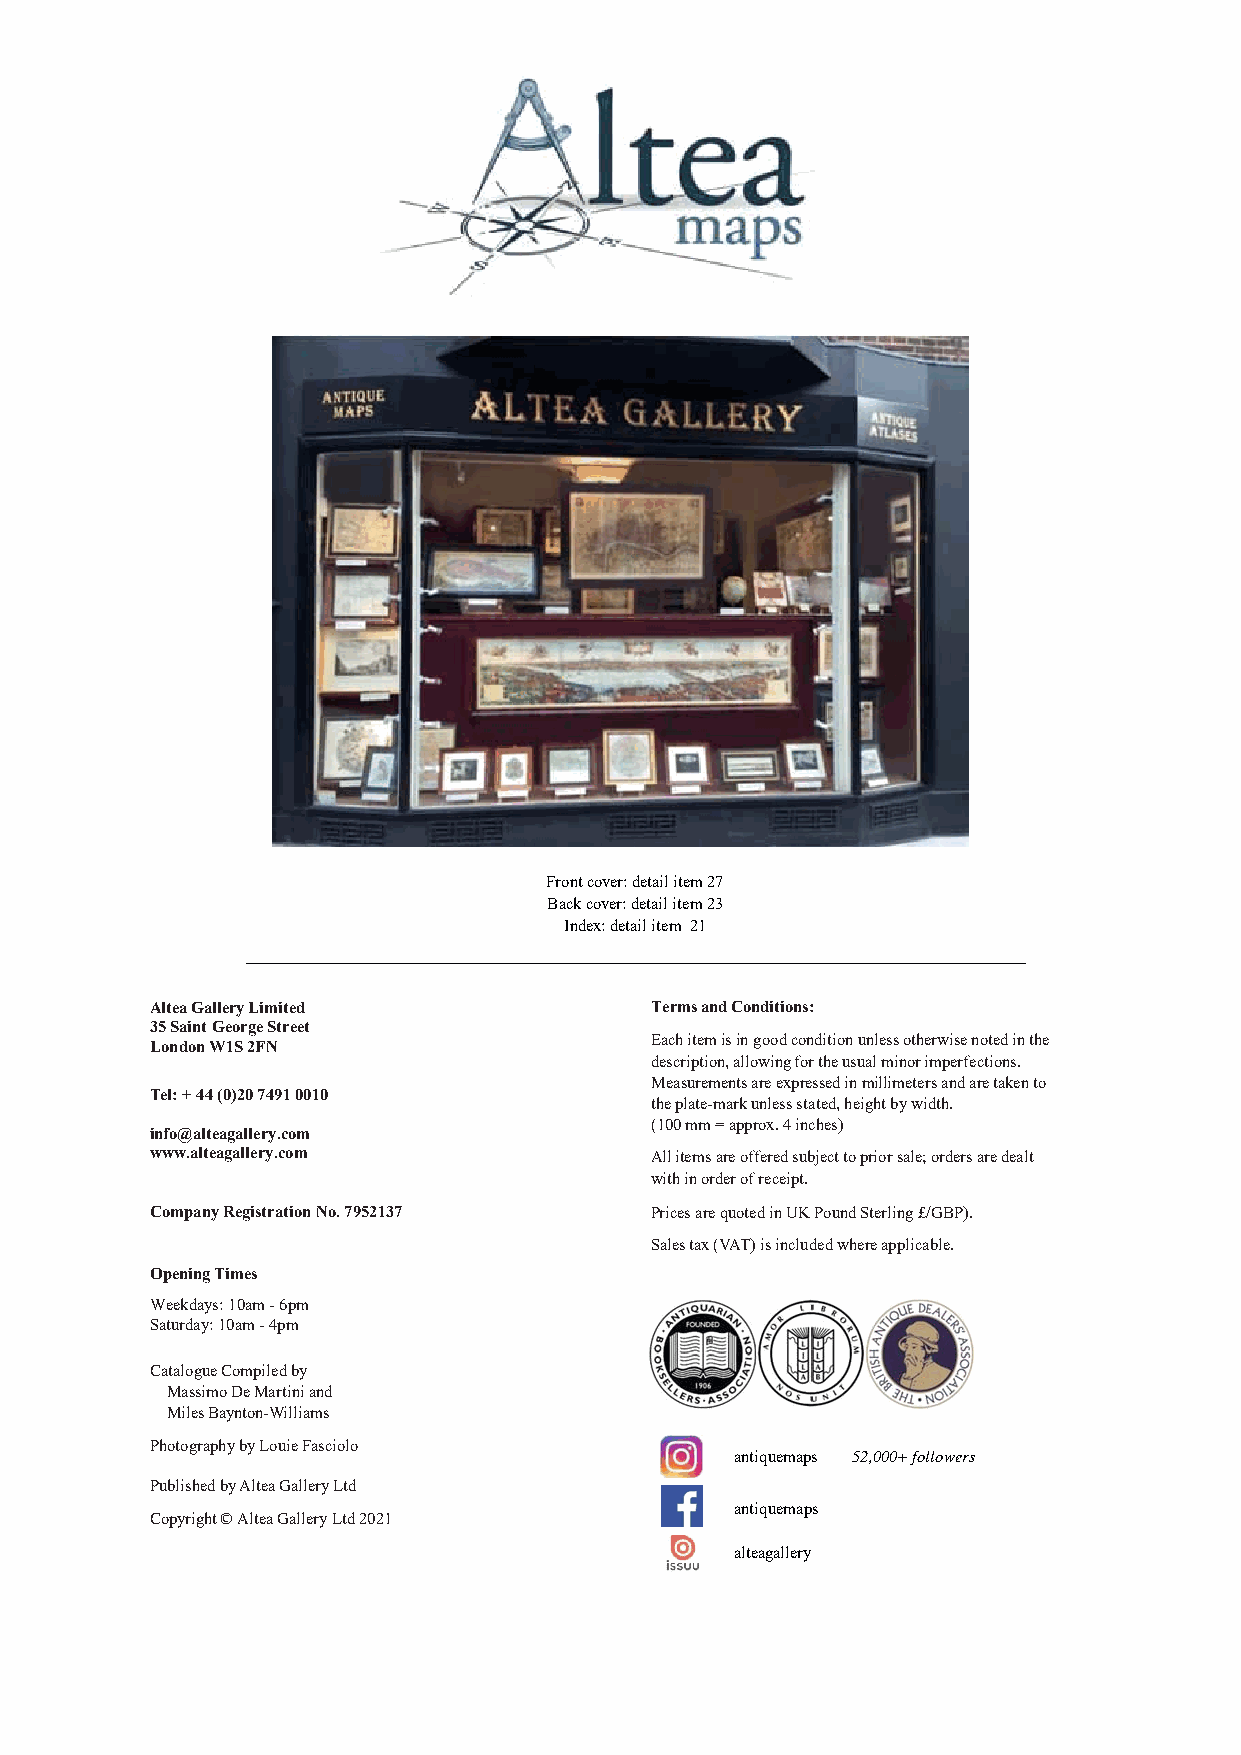
Front cover: detail item 27
 Back cover: detail item 23
 Index: detail item 21
 ____________________________________________________________________
 Altea Gallery Limited            Terms and Conditions:
 35 Saint George Street
 Each item is in good condition unless otherwise noted in the
 London W1S 2FN
 description, allowing for the usual minor imperfections.
 Measurements are expressed in millimeters and are taken to
 Tel: + 44 (0)20 7491 0010
 the plate-mark unless stated, height by width.
 (100 mm = approx. 4 inches)
 info@alteagallery.com
 www.alteagallery.com             All items are offered subject to prior sale; orders are dealt
 with in order of receipt.
 Company Registration No. 7952137 Prices are quoted in UK Pound Sterling £/GBP).
 Sales tax (VAT) is included where applicable.
 Opening Times
 Weekdays: 10am - 6pm
 Saturday: 10am - 4pm
 Catalogue Compiled by
 Massimo De Martini and
 Miles Baynton-Williams
 Photography by Louie Fasciolo
 antiquemaps 52,000+ followers
 Published by Altea Gallery Ltd
 antiquemaps
 Copyright © Altea Gallery Ltd 2021
 alteagallery